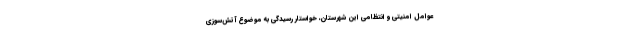
عوامل امنیتی و انتظامی این شهرستان، خواستار رسیدگی به موضوع آتش‌سوزی